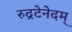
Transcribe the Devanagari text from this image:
रुद्रटेनेदम्